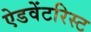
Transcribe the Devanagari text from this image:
ऐडवेंटरिस्ट